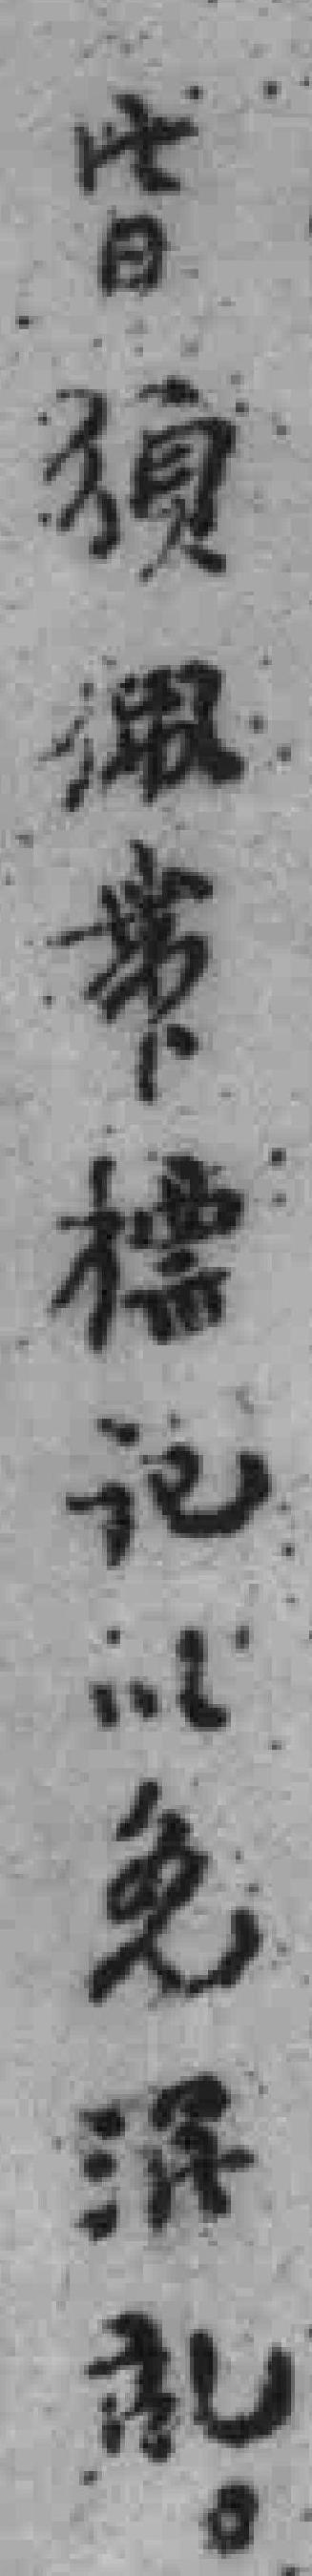
皆須佩帶*以免混亂。